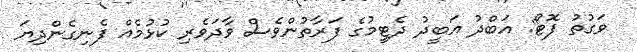
ވަގުތު ފޮޓޯ: އަބްދު އަބީދު ދެޓީމުގެ ފަރާތުންވެސް ވާދަވެރި ކުޅުމެއް ފެނިގެންދިޔަ